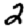
Digit: 2